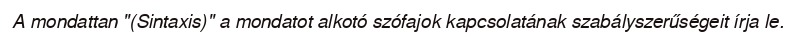
A mondattan "(Sintaxis)" a mondatot alkotó szófajok kapcsolatának szabályszerűségeit írja le.